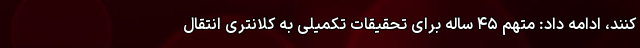
کنند، ادامه داد: متهم ۴۵ ساله برای تحقیقات تکمیلی به کلانتری انتقال